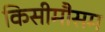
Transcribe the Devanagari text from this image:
किसीमौसम